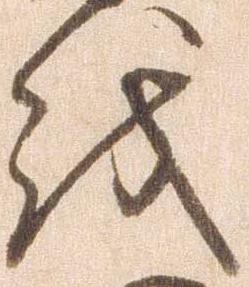
越